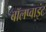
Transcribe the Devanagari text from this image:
बॉलप्वाइंट